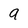
Character: a